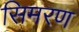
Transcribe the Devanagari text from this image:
सिमरण